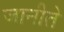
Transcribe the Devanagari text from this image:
जानीते